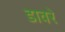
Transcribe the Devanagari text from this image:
डावरे